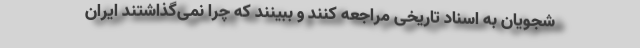
شجویان به اسناد تاریخی مراجعه کنند و ببینند که چرا نمی‌گذاشتند ایران